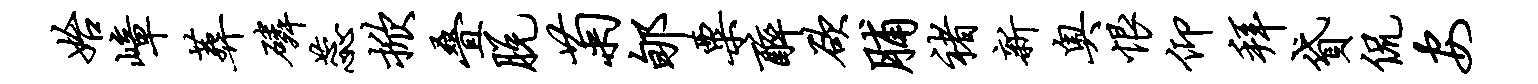
始嶂葬磷蕊掀叠脱菊郇粟醉欲脯褚新奥恨仰拜贷侃安